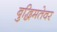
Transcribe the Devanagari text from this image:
बुद्धिमतेवर